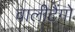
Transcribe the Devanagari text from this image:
वालीटैंगो